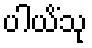
ပါယိံသု